Civil Veterinary Department Bengal reports 1933-51 - 1933-1951
Year: 1933
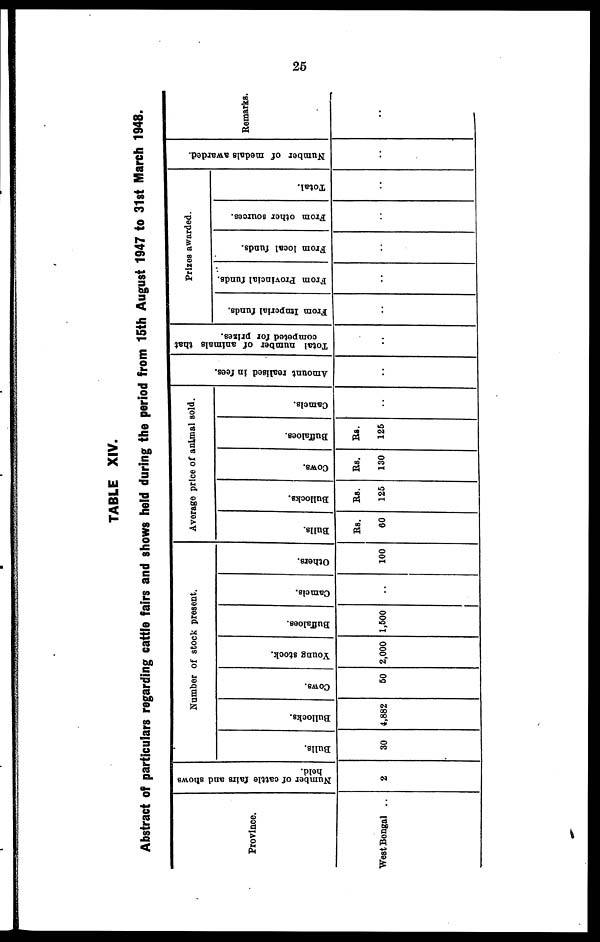
25
TABLE XIV.
Abstract of particulars regarding cattle fairs and shows held during the period from 15th August 1947 to 31st March 1948.
Province.
West Bengal ..
Number of cattle fairs and shows
held.
2
Number of stock present.
Bulls.
30
Bullocks.
4,882
Cows.
50
Young stock.
2,000
Buffaloes.
1,500
Camels.
..
Others.
100
Average price of animal sold.
Bulls.
Rs.
60
Bullocks.
Rs.
125
Cows.
Rs.
130
Buffaloes.
Rs.
125
Camels.
..
Amount realised in fees.
..
Total number of animals that
competed for prizes.
..
Prizes awarded.
From Imperial funds.
..
From Provincial funds.
..
From local funds.
..
From other sources.
..
Total.
..
Number of medals awarded.
..
Remarks.